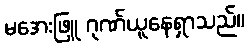
မအေးဖြူ ဂုဏ်ယူနေရှာသည်။